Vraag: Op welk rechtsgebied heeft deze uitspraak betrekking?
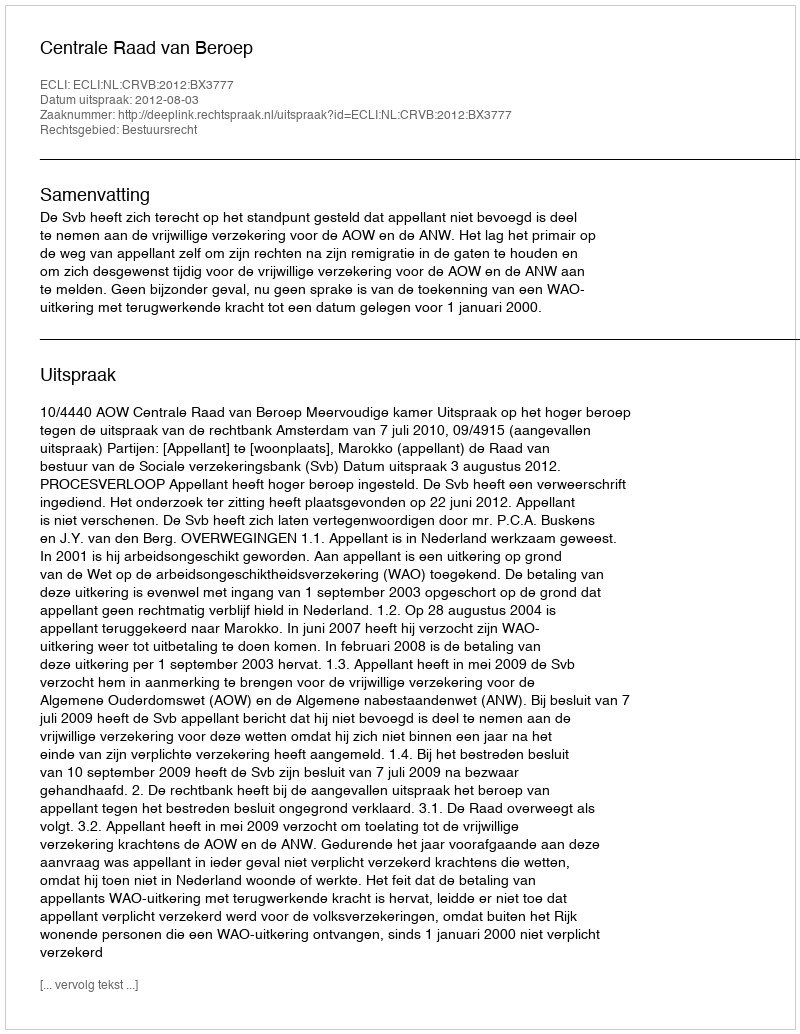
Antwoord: Bestuursrecht